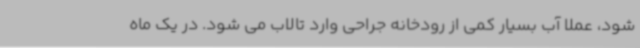
شود، عملا آب بسیار کمی از رودخانه جراحی وارد تالاب می شود. در یک ماه